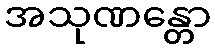
အသုဏန္တော